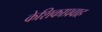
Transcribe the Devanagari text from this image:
केशिकाप्रवाह